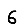
Digit: 6